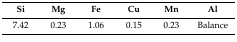
| Si | Mg | Fe | Cu | Mn | Al |
 | --- | --- | --- | --- | --- | --- |
 | 7.42 | 0.23 | 1.06 | 0.15 | 0.23 | Balance |